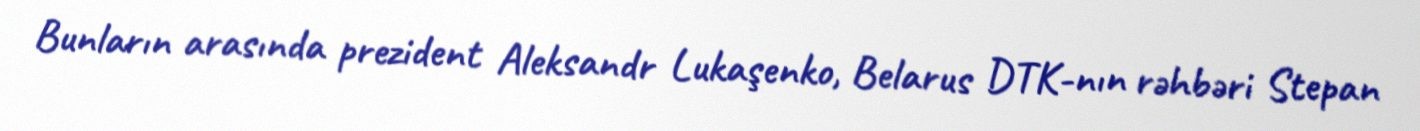
Bunların arasında prezident Aleksandr Lukaşenko, Belarus DTK-nın rəhbəri Stepan